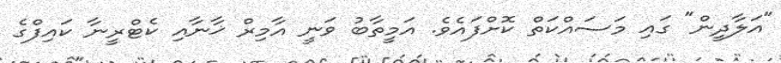
"އަލާދީން" ގައި މަސައްކަތް ކޮށްފައެވެ. އަމީތާބު ވަނީ އާމިރް ޚާނާއި ކެޓްރީނާ ކައިފްގެ